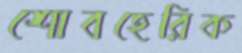
শোবহেরিক